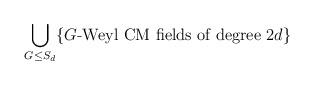
LaTeX: \begin{align*}\bigcup_{G \leq S_d}\{\textrm{$G$-Weyl CM fields of degree $2d$}\}\end{align*}